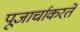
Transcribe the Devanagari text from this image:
पूजार्चाकरते